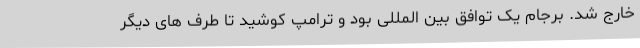
خارج شد. برجام یک توافق بین المللی بود و ترامپ کوشید تا طرف های دیگر